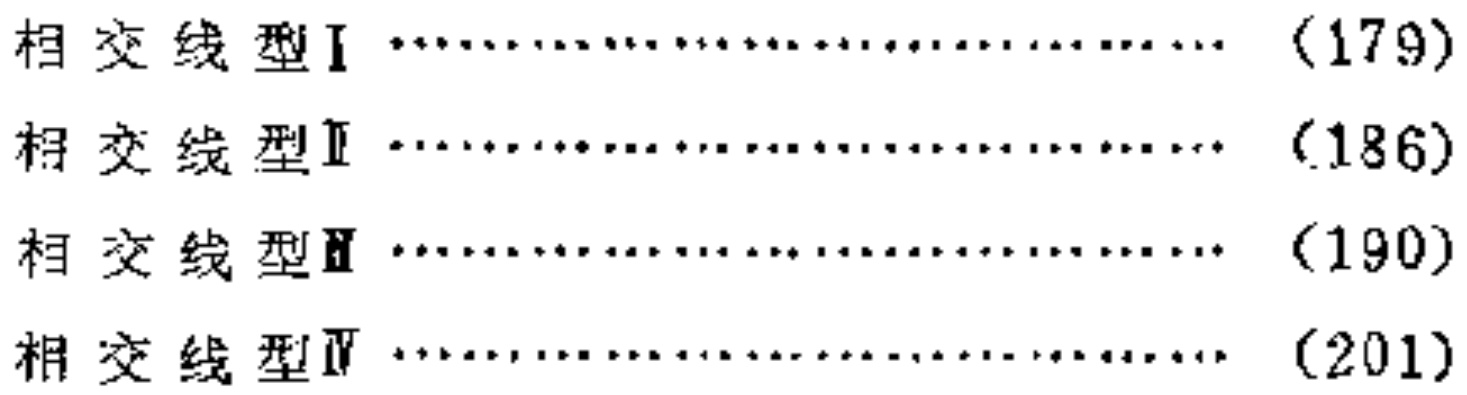
相交线型I \dotfill (179)\\

相交线型II \dotfill (186)\\

相交线型III \dotfill (190)\\

相交线型IV \dotfill (201)